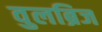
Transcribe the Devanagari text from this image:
वुलब्रिज